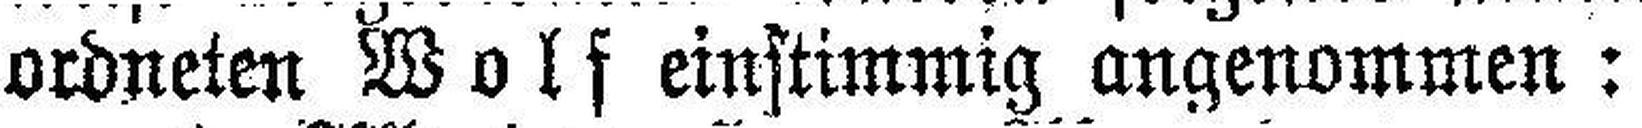
ordneten Wolf einstimmig angenommen: